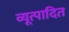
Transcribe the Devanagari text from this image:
व्यूत्पादित